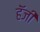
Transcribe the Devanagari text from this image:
हॅजी